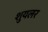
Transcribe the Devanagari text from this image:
शुयलर